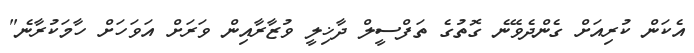
އެކަން ކުރިއަށް ގެންދެވޭނެ ގޮތުގެ ތަފްސީލް ދާޚިލީ ވުޒާރާއިން ވަރަށް އަވަހަށް ހާމަކުރާނެ"